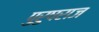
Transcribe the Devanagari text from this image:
पुरुषराज